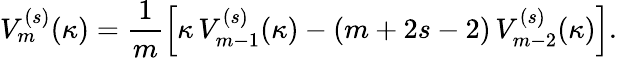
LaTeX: V_{m}^{(s)}(\kappa)=\frac{1}{m}\left[\kappa\, V_{m-1}^{(s)}(\kappa)-(m+2s-2)\, V_{m-2}^{(s)}(\kappa)\right].